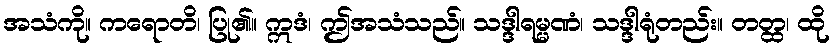
အသံကို။ ကရောတိ၊ ပြု၏။ ဣဒံ၊ ဤအသံသည်။ သဒ္ဒါရမ္မဏံ၊ သဒ္ဒါရုံတည်း။ တတ္ထ၊ ထို